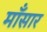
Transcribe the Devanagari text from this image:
माँसार